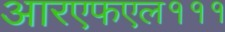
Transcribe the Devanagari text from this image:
आरएफएल१११